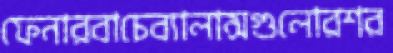
ফেনারবাচেব্যালান্সগুলোরশর